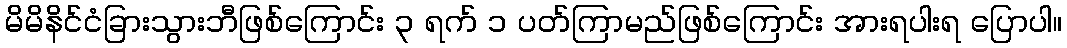
မိမိနိင်ငံခြားသွားဘီဖြစ်ကြောင်း ၃ ရက် ၁ ပတ်ကြာမည်ဖြစ်ကြောင်း အားရပါးရ ပြောပါ။